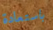
باستعادة